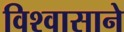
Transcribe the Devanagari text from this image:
विश्‍वासाने